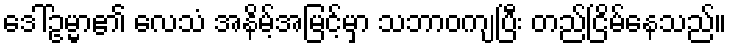
ဒေါ်ဥမ္မာ၏ လေသံ အနိမ့်အမြင့်မှာ သဘာဝကျပြီး တည်ငြိမ်နေသည်။